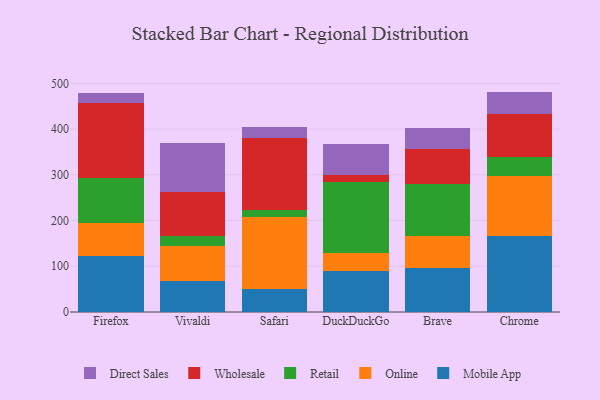
{"axis": {"x": "Browser", "y": "Latency (ms)"}, "legend": ["Direct Sales", "Mobile App", "Online", "Retail", "Wholesale"], "data": [{"x": "Firefox", "y": 121.7, "type": "Mobile App"}, {"x": "Firefox", "y": 73.9, "type": "Online"}, {"x": "Firefox", "y": 97.6, "type": "Retail"}, {"x": "Firefox", "y": 163.8, "type": "Wholesale"}, {"x": "Firefox", "y": 22.9, "type": "Direct Sales"}, {"x": "Vivaldi", "y": 67.4, "type": "Mobile App"}, {"x": "Vivaldi", "y": 76.4, "type": "Online"}, {"x": "Vivaldi", "y": 21.7, "type": "Retail"}, {"x": "Vivaldi", "y": 96.9, "type": "Wholesale"}, {"x": "Vivaldi", "y": 107.5, "type": "Direct Sales"}, {"x": "Safari", "y": 51.2, "type": "Mobile App"}, {"x": "Safari", "y": 157.6, "type": "Online"}, {"x": "Safari", "y": 13.5, "type": "Retail"}, {"x": "Safari", "y": 157.9, "type": "Wholesale"}, {"x": "Safari", "y": 25.0, "type": "Direct Sales"}, {"x": "DuckDuckGo", "y": 88.8, "type": "Mobile App"}, {"x": "DuckDuckGo", "y": 40.2, "type": "Online"}, {"x": "DuckDuckGo", "y": 154.6, "type": "Retail"}, {"x": "DuckDuckGo", "y": 17.1, "type": "Wholesale"}, {"x": "DuckDuckGo", "y": 66.3, "type": "Direct Sales"}, {"x": "Brave", "y": 95.3, "type": "Mobile App"}, {"x": "Brave", "y": 69.9, "type": "Online"}, {"x": "Brave", "y": 115.4, "type": "Retail"}, {"x": "Brave", "y": 74.9, "type": "Wholesale"}, {"x": "Brave", "y": 46.7, "type": "Direct Sales"}, {"x": "Chrome", "y": 166.7, "type": "Mobile App"}, {"x": "Chrome", "y": 131.2, "type": "Online"}, {"x": "Chrome", "y": 40.3, "type": "Retail"}, {"x": "Chrome", "y": 95.9, "type": "Wholesale"}, {"x": "Chrome", "y": 47.9, "type": "Direct Sales"}]}